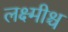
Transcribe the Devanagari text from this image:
लक्ष्मीश्च